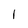
Character: 1